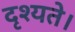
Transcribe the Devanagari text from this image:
दृश्यते।